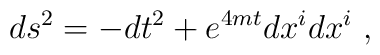
ds^2 = -dt^2 + e^{4mt}dx^idx^i \ ,